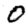
Digit: 0